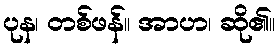
ပုန၊ တစ်ဖန်။ အာဟ၊ ဆို၏။